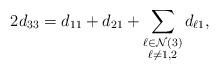
LaTeX: \begin{align*}2d_{33}=d_{11} + d_{21} + \sum_{\substack{\ell \in \mathcal{N}(3)\\\ell\neq 1,2}} d_{\ell1 },\end{align*}